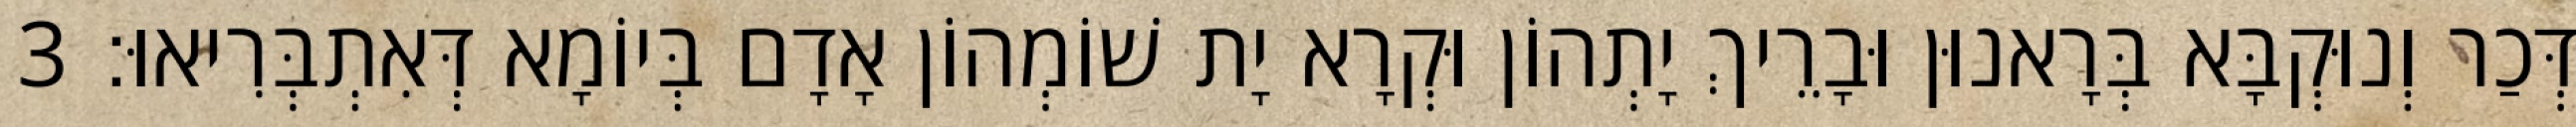
דְּכַר וְנוּקְבָּא בְּרָאנוּן וּבָרֵיךְ יָתְהוֹן וּקְרָא יָת שׁוֹמְהוֹן אָדָם בְּיוֹמָא דְּאִתְבְּרִיאוּ׃ 3